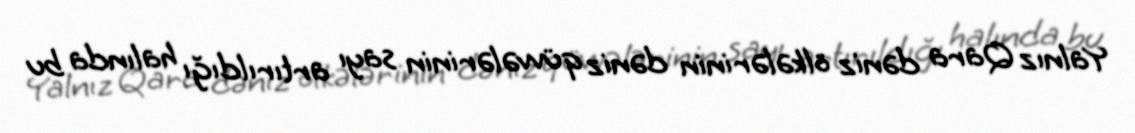
Yalnız Qara dəniz ölkələrinin dəniz qüvvələrinin sayı artırıldığı halında bu